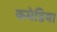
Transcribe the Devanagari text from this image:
कमेडिया